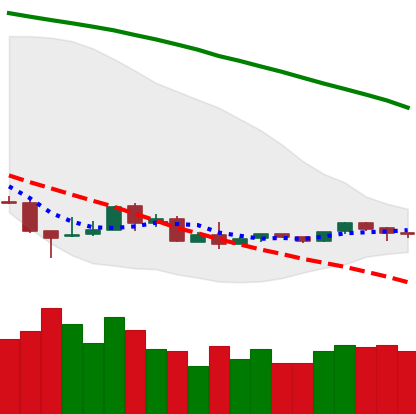
Ticker: ETH-USD
Chart end date: 2018-08-31
Forward return: -17.905%
Label: down_7plus